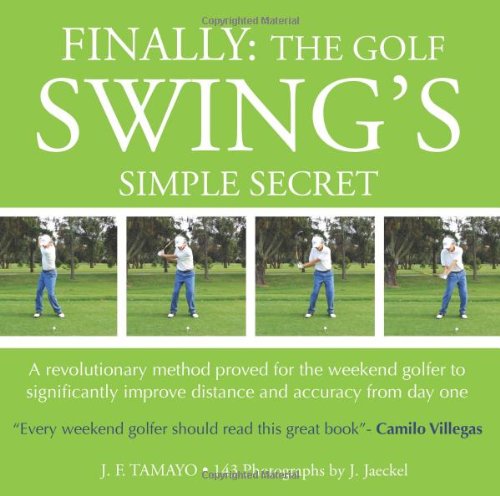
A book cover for FINALLY: The Golf Swing's Simple Secret: A revolutionary method proved for the weekend golfer to significantly improve distance and accuracy from day one; J F Tamayo; Sports & Outdoors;